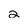
Character: 2